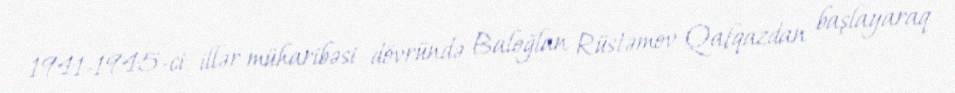
1941-1945-ci illər müharibəsi dövründə Baloğlan Rüstəmov Qafqazdan başlayaraq